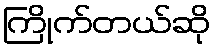
ကြိုက်တယ်ဆို